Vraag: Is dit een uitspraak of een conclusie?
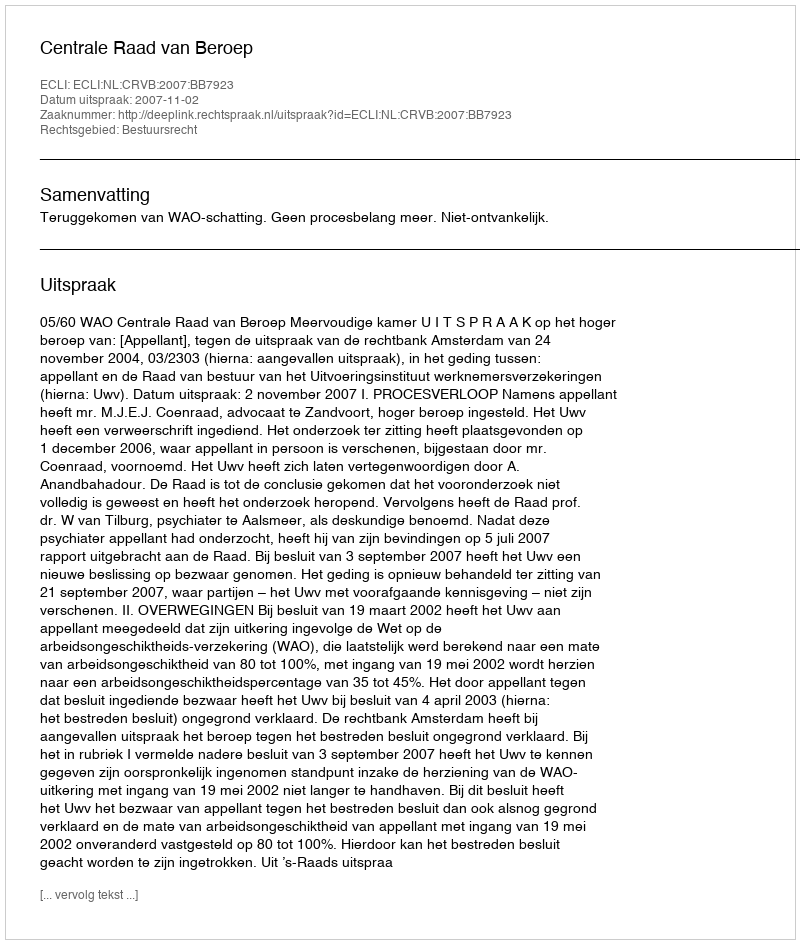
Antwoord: Uitspraak